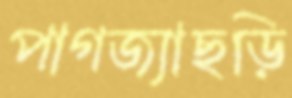
পাগজ্যাছড়ি